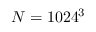
N = 1 0 2 4 ^ { 3 }